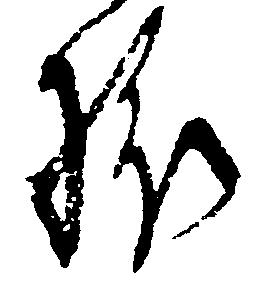
様